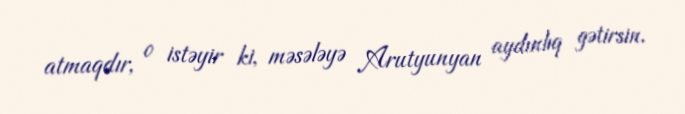
atmaqdır, o istəyir ki, məsələyə Arutyunyan aydınlıq gətirsin.